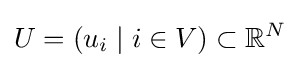
U=(u_{i}\mid i\in V)\subset \mathbb {R} ^{N}